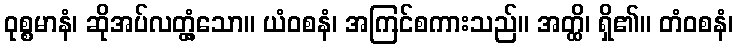
ဝုစ္စမာနံ၊ ဆိုအပ်လတ္တံ့သော။ ယံဝစနံ၊ အကြင်စကားသည်။ အတ္ထိ၊ ရှိ၏။ တံဝစနံ၊